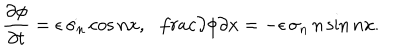
\frac { \partial \phi } { \partial t } = \epsilon \, \dot { \sigma _ { n } } \cos n x , \ \ \, \frac { \partial \phi } { \partial x } = - \epsilon \, \sigma _ { n } \, n \sin n x .